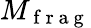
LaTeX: M_{\mathrm{~f~r~a~g~}}